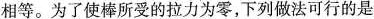
相等。为了使棒所受的拉力为零，下列做法可行的是